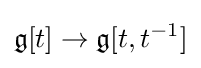
{\mathfrak {g}}[t]\to {\mathfrak {g}}[t,t^{-1}]